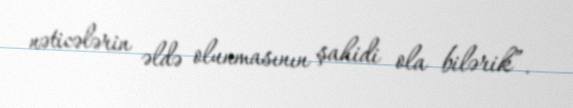
nəticələrin əldə olunmasının şahidi ola bilərik”.